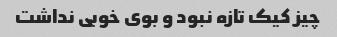
چیز کیک تازه نبود و بوی خوبی نداشت